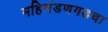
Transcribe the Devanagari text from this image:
महिमंडणगडचा